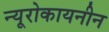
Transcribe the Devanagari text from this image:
न्यूरोकायनीन